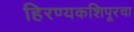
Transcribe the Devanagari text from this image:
हिरण्यकशिपूरचा